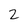
Character: 2